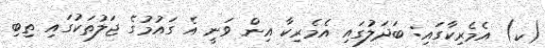
(ކ) އެމެރިކާގައި: ބަދަލުގައި އެމެރިކާާ އިން ވަނީ އެ ގައުމުގެ ޖަލުތަކުގައި ތިބި